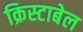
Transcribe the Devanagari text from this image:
क्रिस्टाबेल